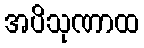
အပိသုဏာထ